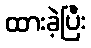
ထားခဲ့ပြီး